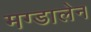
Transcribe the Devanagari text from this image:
मग्डालेन